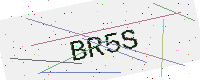
Text: BR5S